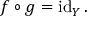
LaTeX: f \circ g = \operatorname { i d } _ { Y } .